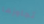
تجاوزها